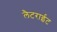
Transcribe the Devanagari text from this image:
लैटराईट